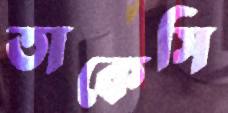
তাকেসি